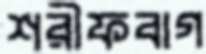
শরীফবাগ